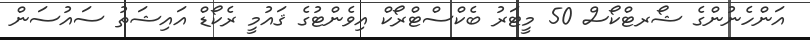
އަންހެނުންގެ ޝޯރޓްކޯސް 50 މީޓަރު ބެކްސްޓްރޯކް އިވެންޓުގެ ޤައުމީ ރެކޯޑް އައިޝަތު ސައުސަން